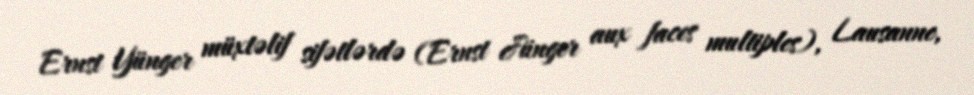
Ernst Yünger müxtəlif sifətlərdə (Ernst Jünger aux faces multiples), Lausanne,